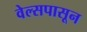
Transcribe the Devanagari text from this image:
वेल्सपासून